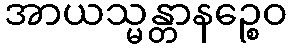
အာယသ္မန္တာနဉ္စေဝ